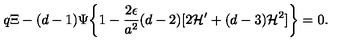
q \Xi - ( d - 1 ) \Psi \biggl \{ 1 - \frac { 2 \epsilon } { a ^ { 2 } } ( d - 2 ) [ 2 { \cal H } ^ { \prime } + ( d - 3 ) { \cal H } ^ { 2 } ] \biggr \} = 0 .